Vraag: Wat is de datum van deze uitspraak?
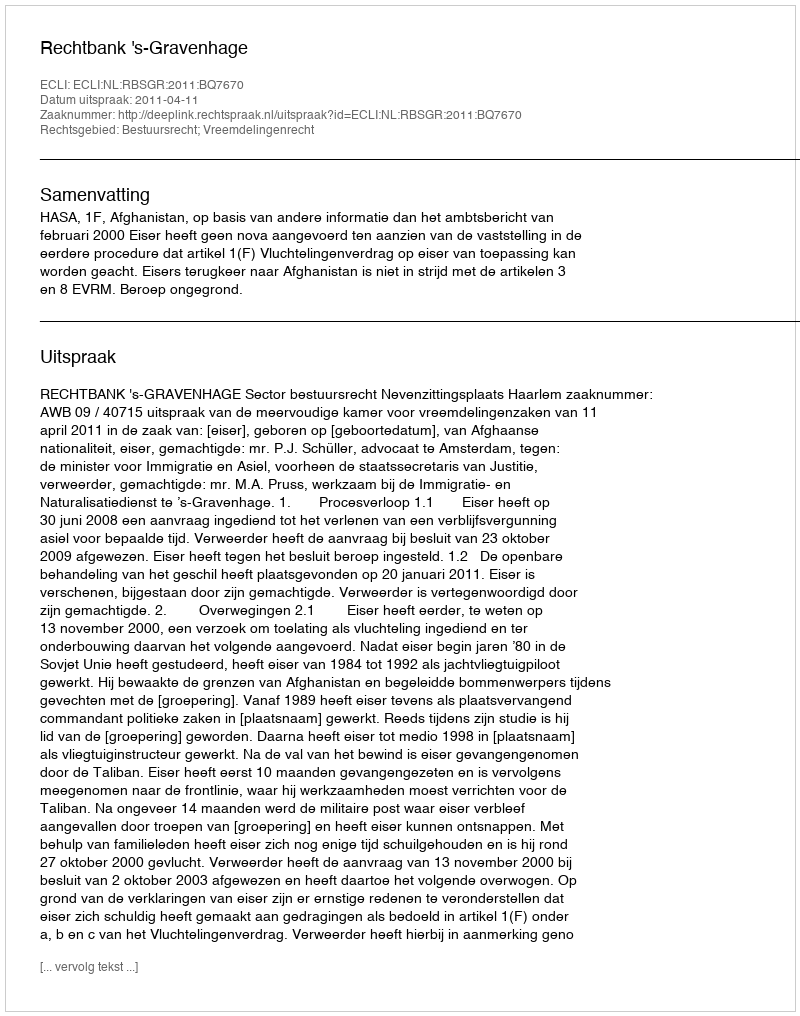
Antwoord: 2011-04-11